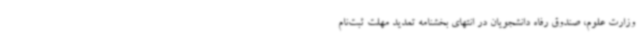
وزارت علوم، صندوق رفاه دانشجویان در انتهای بخشنامه تمدید مهلت ثبت‌نام